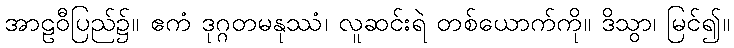
အာဠဝီပြည်၌။ ဧကံ ဒုဂ္ဂတမနုဿံ၊ လူဆင်းရဲ တစ်ယောက်ကို။ ဒိသွာ၊ မြင်၍။